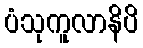
ပံသုကူလာနိပိ